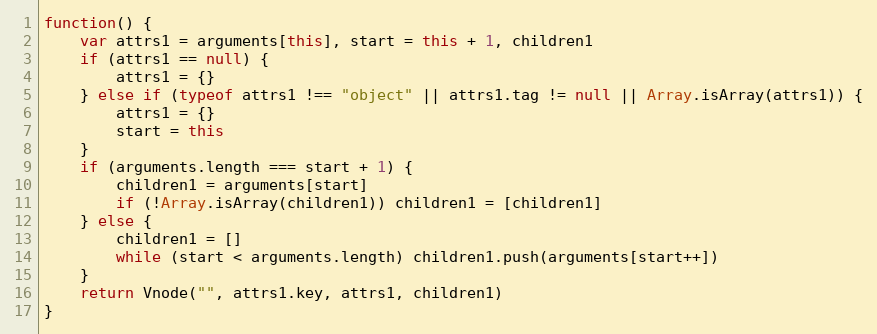
Language: JavaScript
function() {
	var attrs1 = arguments[this], start = this + 1, children1
	if (attrs1 == null) {
		attrs1 = {}
	} else if (typeof attrs1 !== "object" || attrs1.tag != null || Array.isArray(attrs1)) {
		attrs1 = {}
		start = this
	}
	if (arguments.length === start + 1) {
		children1 = arguments[start]
		if (!Array.isArray(children1)) children1 = [children1]
	} else {
		children1 = []
		while (start < arguments.length) children1.push(arguments[start++])
	}
	return Vnode("", attrs1.key, attrs1, children1)
}